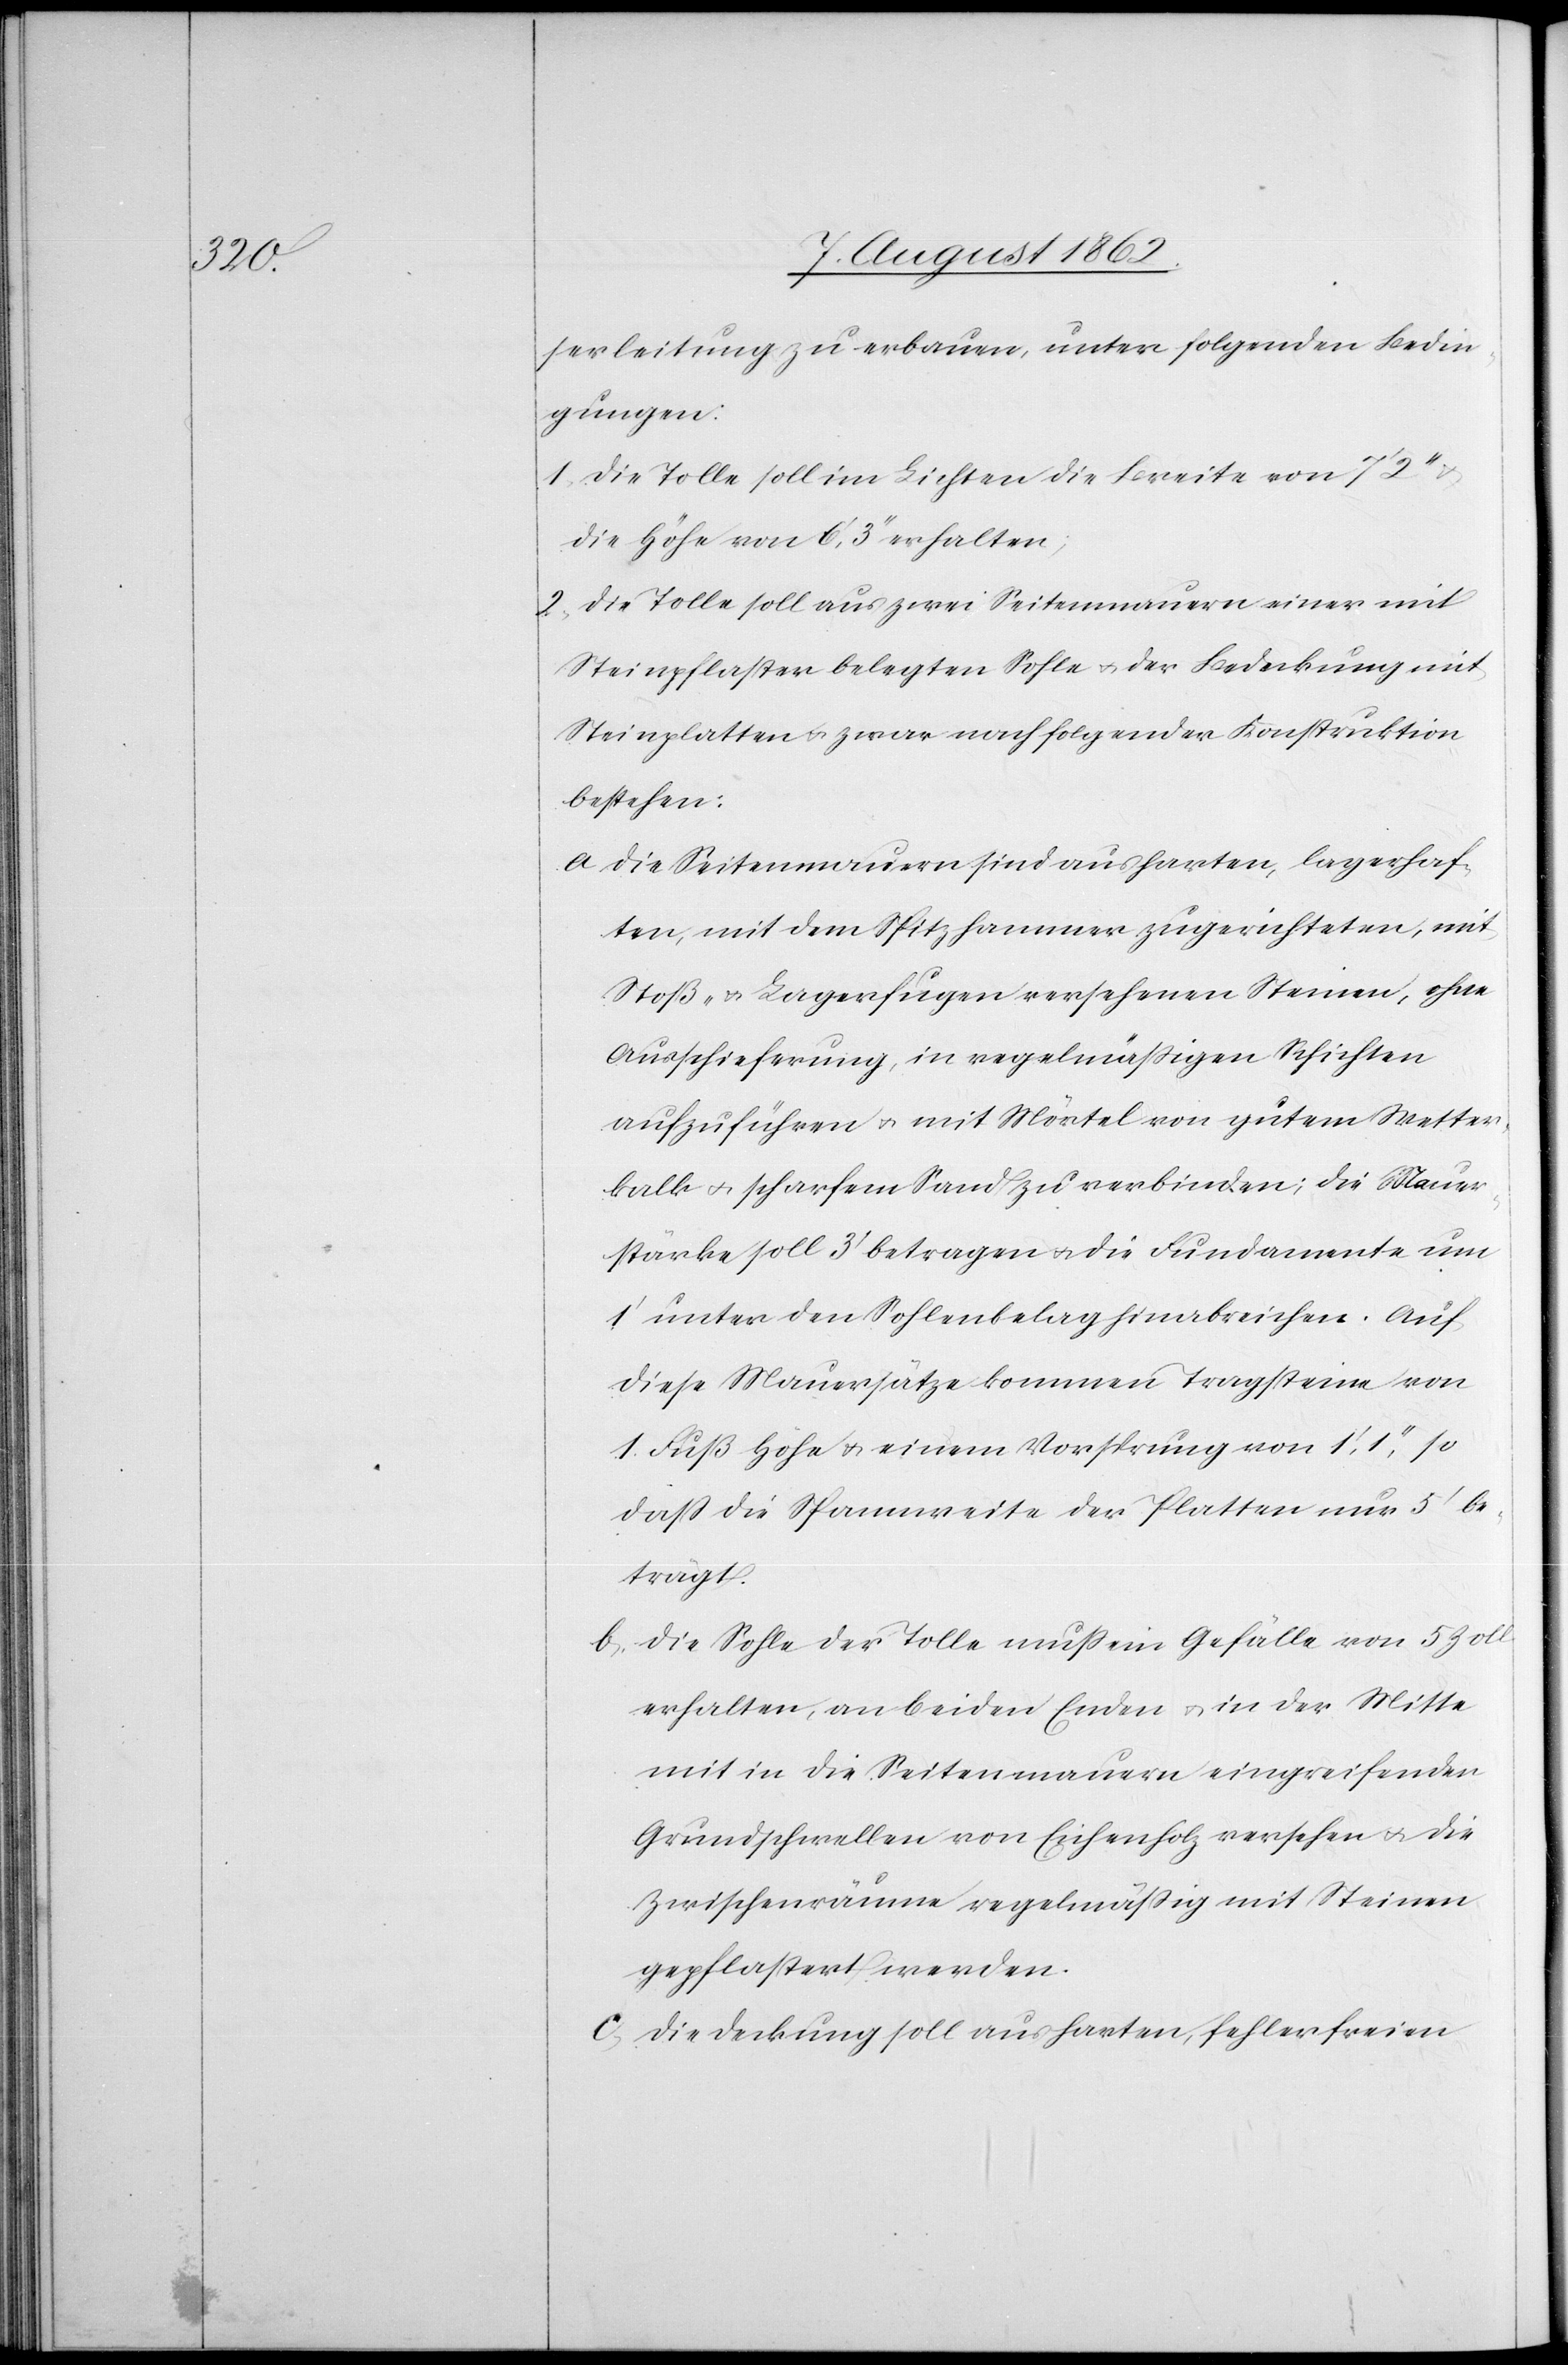
serleitung zu erbauen, unter folgenden Bedin¬
gungen:
1. Die Tolle soll im Lichten die Breite von 7’ 2’’ u.
die Höhe von 6’,3’’ erhalten;
2. Die Tolle soll aus zwei Seitenmauern einer mit
Steinpflaster belegten Sohle u. der Bedeckung mit
Steinplatten u. zwar nach folgender Konstruktion
bestehen:
a. Die Seitenmauern sind aus harten, lagerhaf¬
ten, mit dem Spitzhammer zugerichteten, mit
Stoß- u. Lagerfugen versehenen Steinen, ohne
Ausschieferung, in regelmäßigen Schichten
aufzuführen u. mit Mörtel von gutem Wetter¬
kalk u. scharfem Stand zu verbinden; die Mauer¬
stärke soll 3’ betragen u. die Fundamente um
1’ unter den Sohlenbelag hinabreichen. Auf
diese Mauersätze kommen Tragsteine von
1 Fuß Höhe u. einem Vorsprung von 1’,1’’, so
daß die Spannweite der Platten nur 5’ be¬
trägt.
b. Die Sohle der Tolle muß ein Gefälle von 5 Zoll
erhalten, an beiden Enden u. in der Mitte
mit in die Seitenmauern eingreifenden
Grundschwellen von Eichenholz versehen u. die
Zwischenräume regelmäßig mit Steinen
gepflastert werden.
c. Die Deckung soll aus harten, fehlerfreien